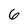
Character: 6